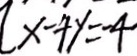
x - 4 y = - 4